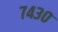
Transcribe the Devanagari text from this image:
७४३०